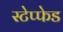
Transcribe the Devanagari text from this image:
स्टेप्फेड